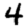
Digit: 4